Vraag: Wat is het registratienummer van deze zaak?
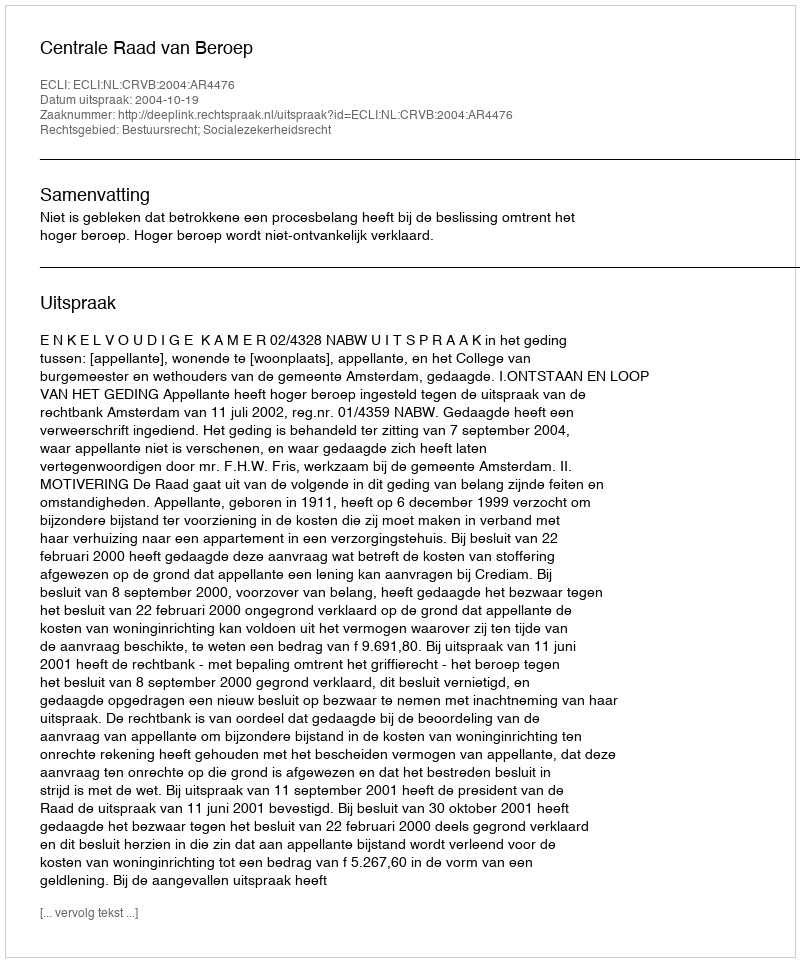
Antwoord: http://deeplink.rechtspraak.nl/uitspraak?id=ECLI:NL:CRVB:2004:AR4476